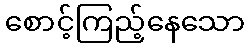
စောင့်ကြည့်နေသော